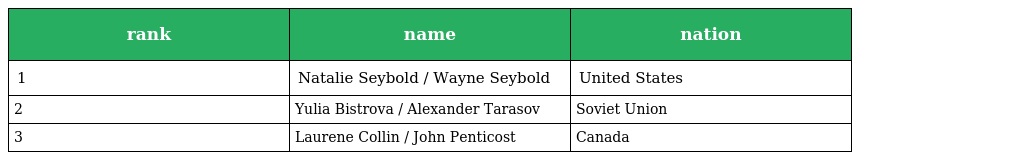
| rank | name | nation |
 | --- | --- | --- |
 | 1 | Natalie Seybold / Wayne Seybold | United States |
 | 2 | Yulia Bistrova / Alexander Tarasov | Soviet Union |
 | 3 | Laurene Collin / John Penticost | Canada |